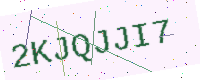
Text: 2KJQJJI7